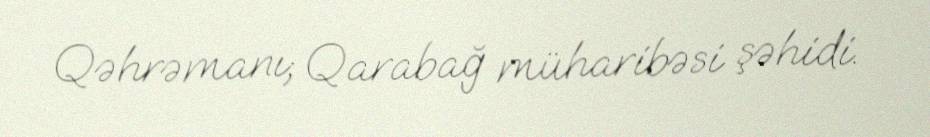
Qəhrəmanı; Qarabağ müharibəsi şəhidi.